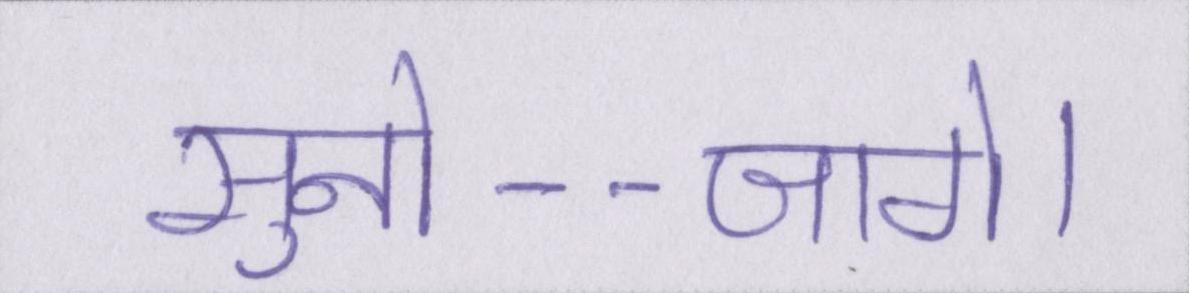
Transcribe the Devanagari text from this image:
सुनो--जागे।